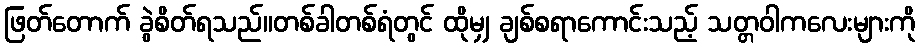
ဖြတ်တောက် ခွဲစိတ်ရသည်။တစ်ခါတစ်ရံတွင် ထိုမျှ ချစ်စရာကောင်းသည့် သတ္တဝါကလေးများကို